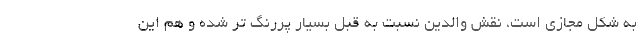
به شکل مجازی است، نقش والدین نسبت به قبل بسیار پررنگ تر شده و هم این